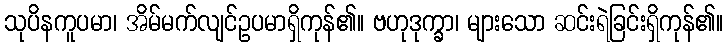
သုပိနကူပမာ၊ အိမ်မက်လျင်ဥပမာရှိကုန်၏။ ဗဟုဒုက္ခာ၊ များသော ဆင်းရဲခြင်းရှိကုန်၏။